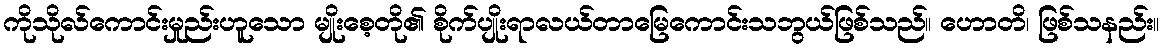
ကိုသိုလ်ကောင်းမှုည်းဟူသော မျိုးစေ့တို၏ စိုက်ပျိုးရာလယ်တာမြေကောင်းသဘွယ်ဖြစ်သည်။ ဟောတိ၊ ဖြစ်သနည်း။